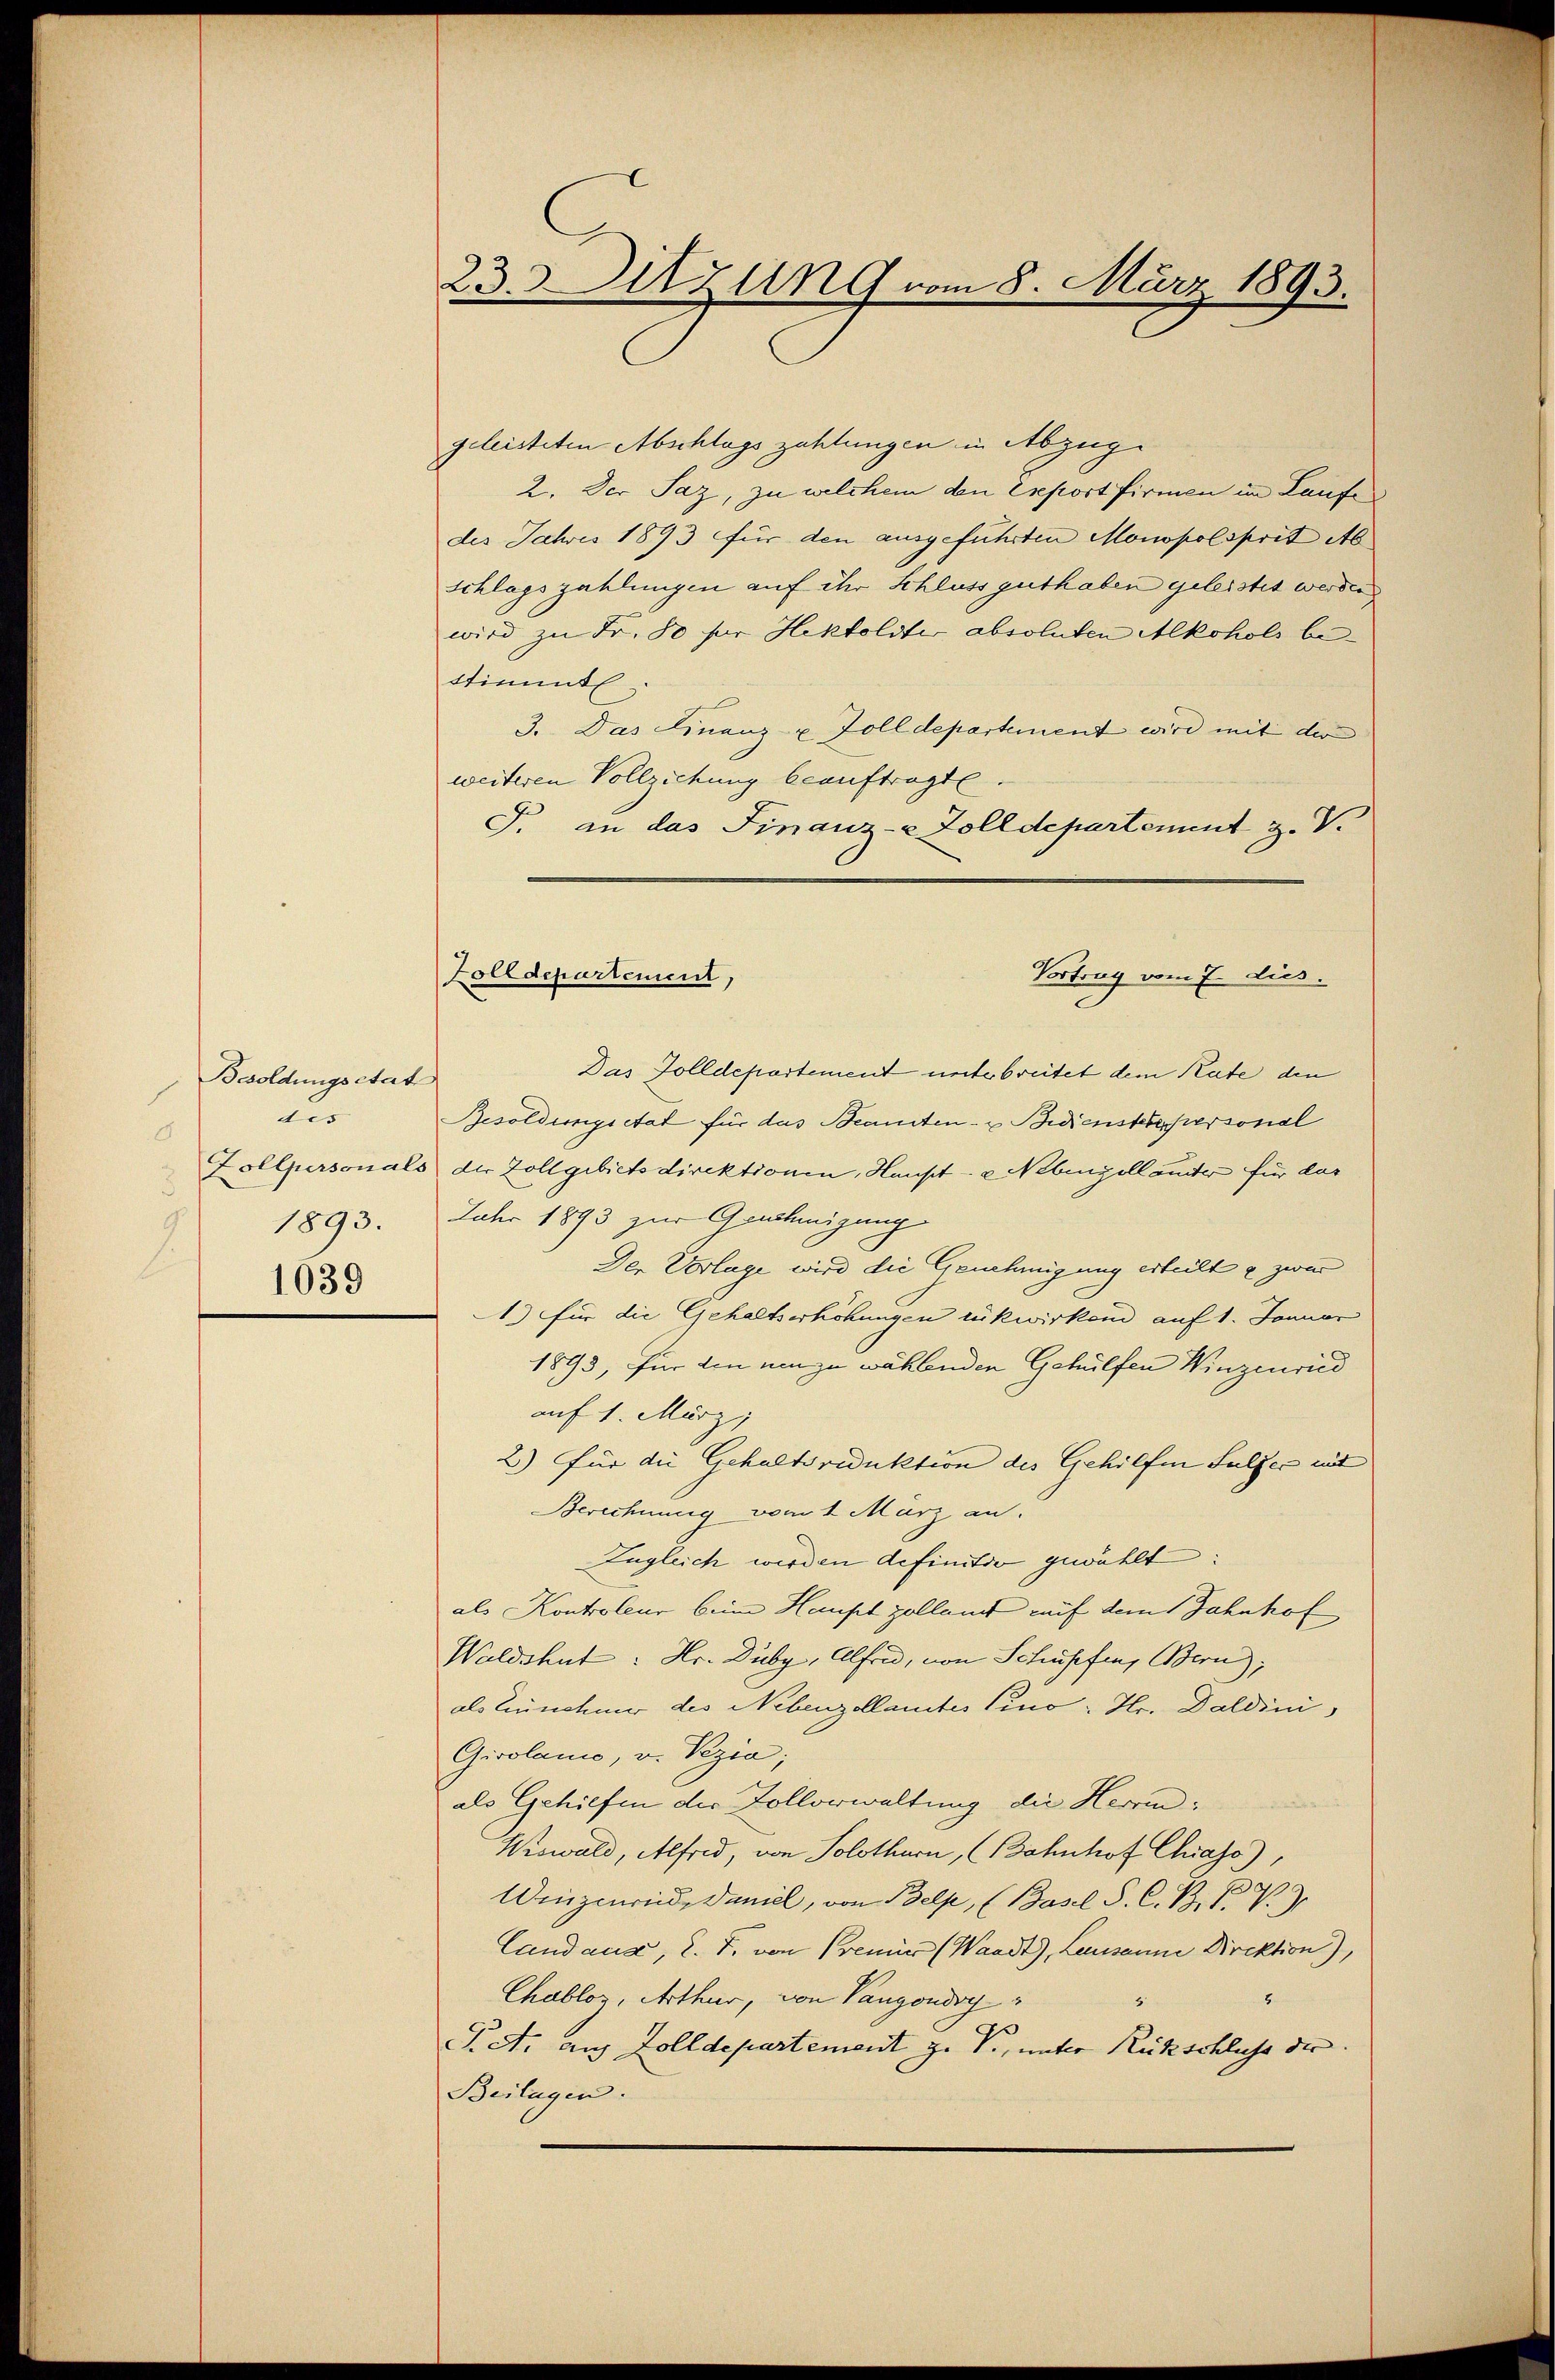
Besoldungsetat
dis
d
1893.

1639

23. Sitzung vom 8. März 1893.

geleisteten Abschlagszahlungen in Abzuge
2. Der Saz, zu welchem den Eseport firmen im Laufe
des Jahres 1893 für den ausgeführten Monopolsprit Ab
schlagszahlungen auf ihr Schluss guthaben geleistet werden
wird zu Fr. 50 für Hektoldte absoluten Alkohols bestimmt
3. Das Finanz- u Zolldepartement wird mit der
weiteren Vollziehung beauftragte.
J. an das Finanz-e Zolldepartement z. V.

Zolldepartement,
Vortrag vom 7. dies

Das Zolldepartement unterbreitet dem Rate den
Resoldungsetat für das Beamten- & Bedienstehersonal
Zollpersonals der Zollgebietsdirektionen, Haupt- u. Nebengellauder für das
Jahr 1893 zur Genehmigung
Der Vorlage wird die Genehmigung erteilt & zwar
1.) für die Gehaltserhöhungen rükwirkend auf 1. Januar
1893, für den um zu wählenden Gehülfen Winzenried
auf 1. März,
2) Für die Gehaltsreduktion des Gehilfen Sulzer mit
Berechnung vom 1. März an.
Zugleich werden definitiv gewählt:
als Kontroleur beim Haupt zollamt auf dem Jahnhof
Waldshut: Hr. Duby, Alfred, von Schupfen, Bern),
als Einschmer des Nebenzollamtes Pino- Hr. Daldini
Gisolano, v. Vezia;
als Gehilfen der Zollorwaltung die Herrn
Wiswald, Alfred, von Solothurn, (Bahnhof Chiass),
Wingenried, Faniel, von Belp, (Basel S. C. B. P. V. 3
Landause, 2. F. von Premier (Waadt), Lausanne Direktion),
Chabloz, Arthur, von Vangondog
8
Pet. aus Zolldepartement z. B., unter Rückschluss der
Beilagen.